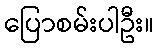
ပြောစမ်းပါဦး။